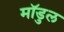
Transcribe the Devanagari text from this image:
मॉडुल